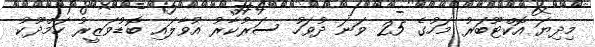
މިދިޔަ އޮކްޓޫބަރު މަހުގެ 25 ވަނަ ދުވަހު ސަރުކާރު އުވާލައި ބޮޑުވަޒީރު ހަމްދޫކު